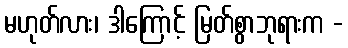
မဟုတ်လား၊ ဒါကြောင့် မြတ်စွာဘုရားက -